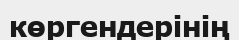
көргендерінің